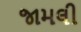
જામલી